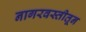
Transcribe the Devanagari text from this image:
नागरवस्तीतून